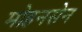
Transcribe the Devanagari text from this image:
मोहनसेन